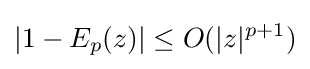
|1-E_{p}(z)|\leq O(|z|^{p+1})